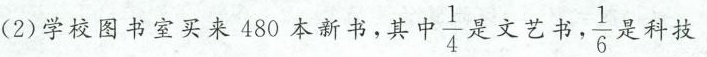
(2) 学校图书室买来 480 本新书，其 \frac{1}{4} 是文艺书， \frac{1}{6} 是科技